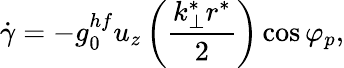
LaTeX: \dot{\gamma}=-g_{0}^{hf}u_{z}\left(\frac{k_{\perp}^{*}r^{*}}{2}\right)\cos\varphi_{p},